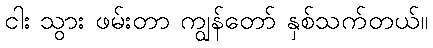
ငါး သွား ဖမ်းတာ ကျွန်တော် နှစ်သက်တယ်။